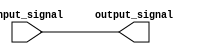
module NonInvertingBuffer (
  input wire input_signal,
  output reg output_signal
);

assign output_signal = input_signal;

endmodule